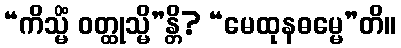
“ကိသ္မိံ ဝတ္ထုသ္မိ”န္တိ? “မေထုနဓမ္မေ”တိ။